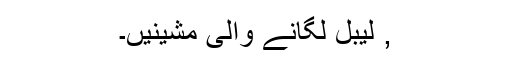
, لیبل لگانے والی مشینیں۔